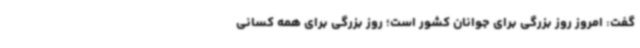
گفت: امروز روز بزرگی برای جوانان کشور است؛ روز بزرگی برای همه کسانی